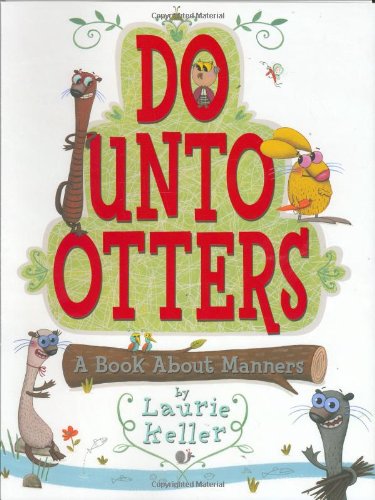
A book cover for Do Unto Otters: A Book About Manners; Laurie Keller; Children's Books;